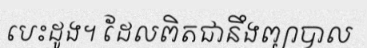
បេះដូង។ ដែលពិតជានឹងព្យាបាល